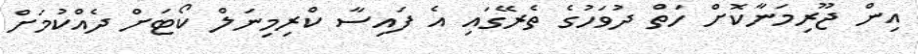
އިން ޖޫރިމަނާކޮށް ހަތް ދުވަހުގެ ތެރޭގައި އެ ފައިސާ ކްރިމިނަލް ކޯޓަށް ދެއްކުމަށް